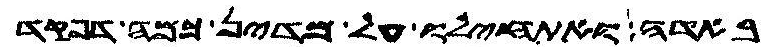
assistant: באדה ואתחילו על מדין כמה דפקד